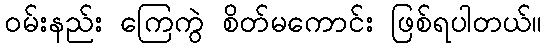
ဝမ်းနည်း ကြေကွဲ စိတ်မကောင်း ဖြစ်ရပါတယ်။